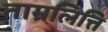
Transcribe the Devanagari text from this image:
ताम्रलित्ति